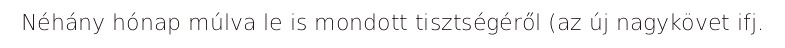
Néhány hónap múlva le is mondott tisztségéről (az új nagykövet ifj.